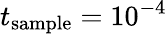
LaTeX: t_{\mathrm{sample}}=10^{-4}